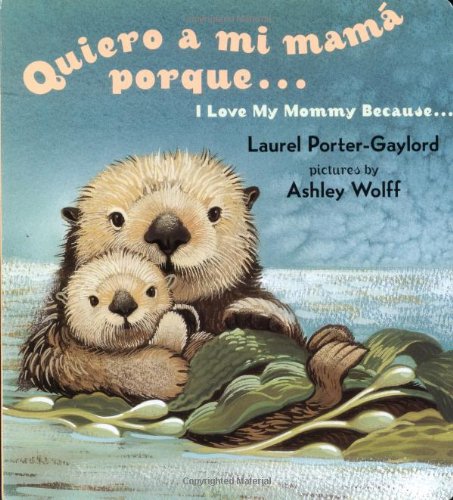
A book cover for Quiero a mi Mama Porque (I Love my Mommy Because Eng/Span ed) (Spanish Edition); Laurel Porter Gaylord; Children's Books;